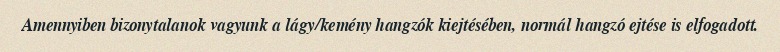
Amennyiben bizonytalanok vagyunk a lágy/kemény hangzók kiejtésében, normál hangzó ejtése is elfogadott.